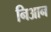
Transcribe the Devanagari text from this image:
निआन